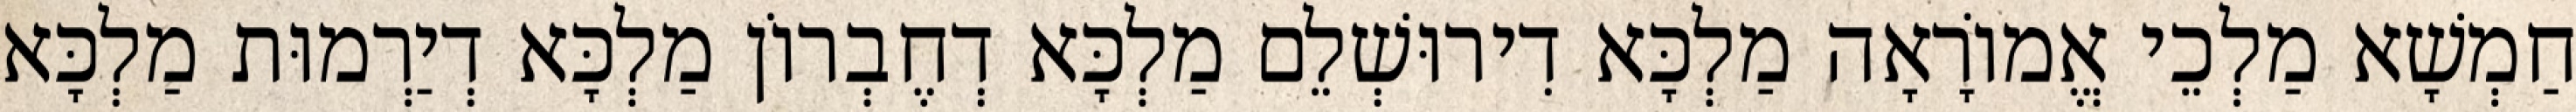
חַמְשָׁא מַלְכֵי אֱמוֹרָאָה מַלְכָּא דִירוּשְׁלֵם מַלְכָּא דְחֶבְרוֹן מַלְכָּא דְיַרְמוּת מַלְכָּא